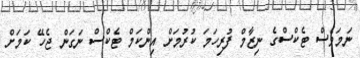
ނަމަވެސް ޓެކްސްގެ ނިޒާމް ފުރިހަމަ ކުރުމަށް އިންކަމް ޓެކްސް ނަގަން ޖެހޭ ކަމަށް